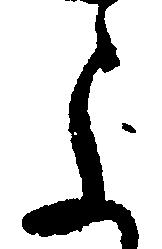
よ